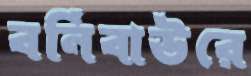
বর্নিবাউরে